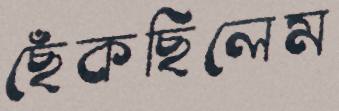
ছেঁকছিলেম